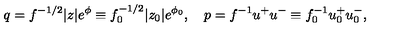
q = f ^ { - 1 / 2 } | z | e ^ { \phi } \equiv f _ { 0 } ^ { - 1 / 2 } | z _ { 0 } | e ^ { \phi _ { 0 } } , \quad p = f ^ { - 1 } u ^ { + } u ^ { - } \equiv f _ { 0 } ^ { - 1 } u _ { 0 } ^ { + } u _ { 0 } ^ { - } ,